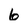
Character: 6